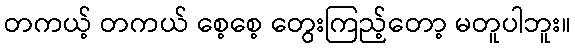
တကယ့် တကယ် စေ့စေ့ တွေးကြည့်တော့ မတူပါဘူး။